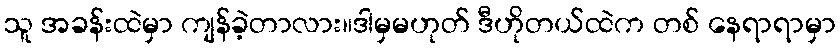
သူ အခန်းထဲမှာ ကျန်ခဲ့တာလား။ဒါမှမဟုတ် ဒီဟိုတယ်ထဲက တစ် နေရာရာမှာ